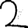
Digit: 2